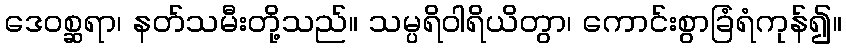
ဒေဝစ္ဆရာ၊ နတ်သမီးတို့သည်။ သမ္ပရိဝါရိယိတွာ၊ ကောင်းစွာခြံရံကုန်၍။